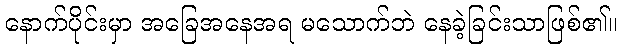
နောက်ပိုင်းမှာ အခြေအနေအရ မသောက်ဘဲ နေခဲ့ခြင်းသာဖြစ်၏။